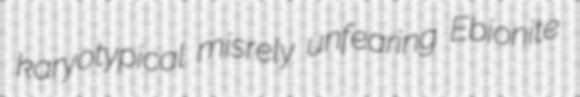
karyotypical misrely unfearing Ebionite